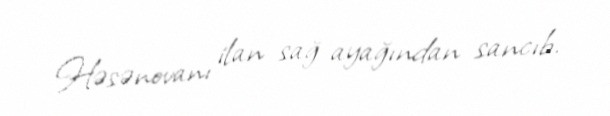
Həsənovanı ilan sağ ayağından sancıb.